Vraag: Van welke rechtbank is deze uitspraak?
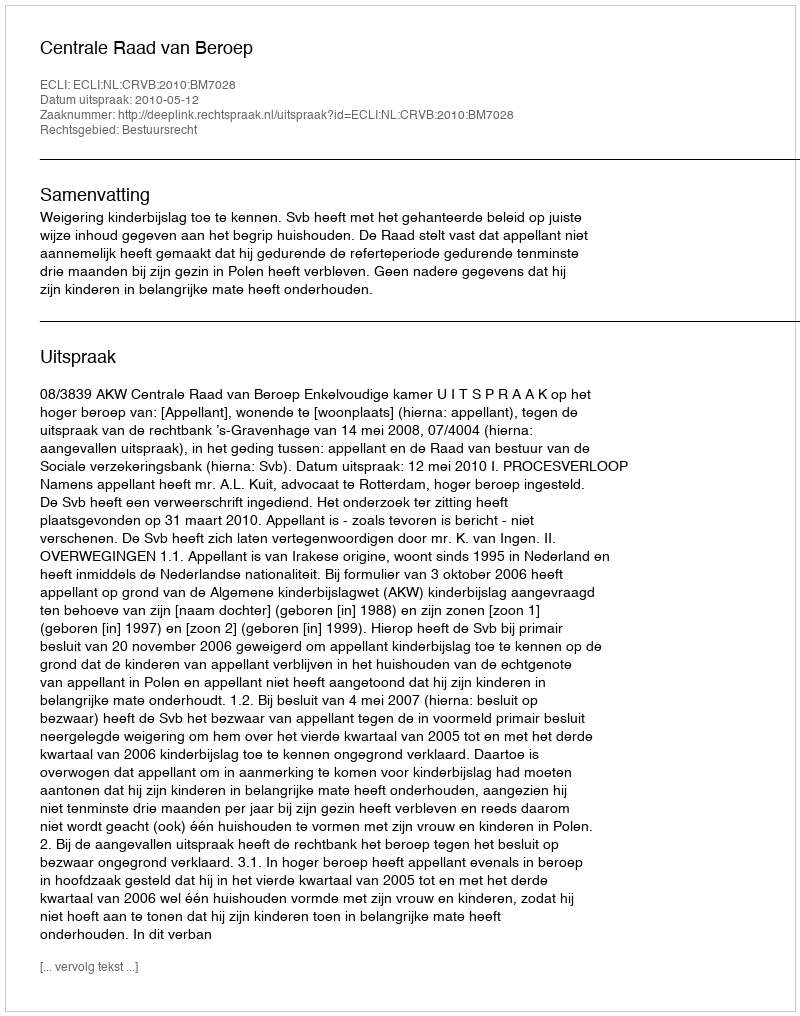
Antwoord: Centrale Raad van Beroep